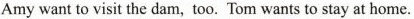
Amy want to visit the dam, too. Tom wants to stay at home.